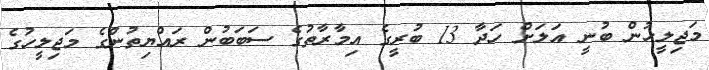
މަޖިލީހުން ބުނީ އަލަށް ހަދާ 13 ބުރީގެ އިމާރާތުގެ ސަބަބުން ރައްޔިތުންގެ މަޖިލީހުގެ